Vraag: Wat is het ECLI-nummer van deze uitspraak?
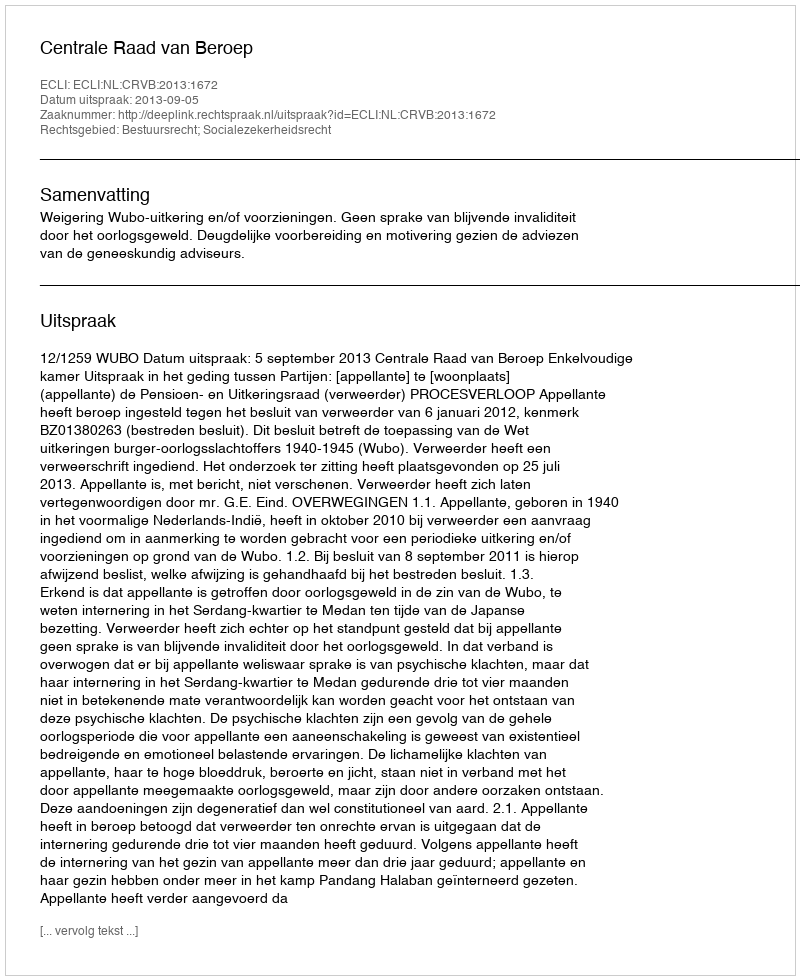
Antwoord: ECLI:NL:CRVB:2013:1672